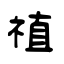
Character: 禃